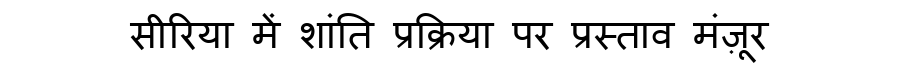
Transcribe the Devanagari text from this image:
सीरिया में शांति प्रक्रिया पर प्रस्ताव मंज़ूर